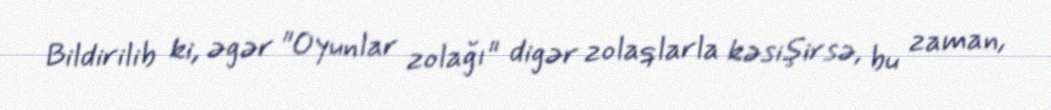
Bildirilib ki, əgər "Oyunlar zolağı" digər zolaqlarla kəsişirsə, bu zaman,